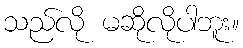
သည်လို မဆိုလိုပါဘူး။